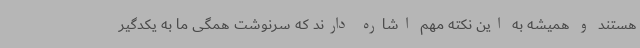
هستند و همیشه به این نکته مهم اشاره دارند که سرنوشت همگی ما به یکدگیر